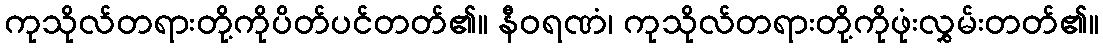
ကုသိုလ်တရားတို့ကိုပိတ်ပင်တတ်၏။ နီဝရဏံ၊ ကုသိုလ်တရားတို့ကိုဖုံးလွှမ်းတတ်၏။